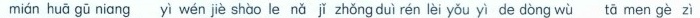
mián huā gū niang yì wén jiè shào le nǎ jǐ zhǒng duì rén lèi yǒu yì de dòng wù tā men gè zì